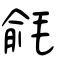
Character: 毹